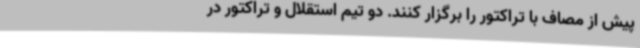
پیش از مصاف با تراکتور را برگزار کنند. دو تیم استقلال و تراکتور در